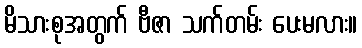
မိသားစုအတွက် ဗီဇာ သက်တမ်း ပေးမလား။